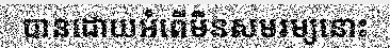
បានដោយអំពើមិនសមរម្យនោះ